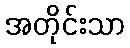
အတိုင်းသာ